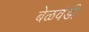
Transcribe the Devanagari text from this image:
बेळवंडी